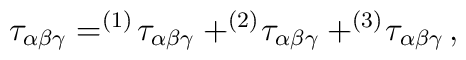
\tau_{\alpha\beta\gamma}=^{(1)}\!\tau_{\alpha\beta\gamma}+  ^{(2)}\!\tau_{\alpha\beta\gamma}+^{(3)}\!\tau_{\alpha\beta\gamma}  \,,